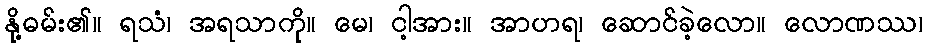
နို့ဓမ်း၏။ ရသံ၊ အရသာကို။ မေ၊ ငါ့အား။ အာဟရ၊ ဆောင်ခဲ့လော။ လောဏဿ၊